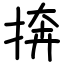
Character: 捹